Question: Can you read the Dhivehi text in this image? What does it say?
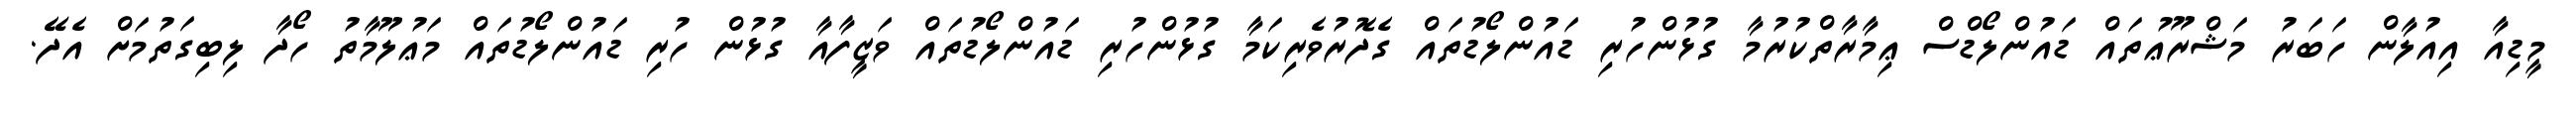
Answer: މީޑިއާ އިއުލާން ހަބަރު މަޝްރޫޢުތައް ޑައުންލޯޑްސް ޢިމާރާތްކުރުމާ ގުޅުންހުރި ޑައުންލޯޑުތައް ގެދޮރުވެރިކަމާ ގުޅުންހުރި ޑައުންލޯޑުތައް ވަޒީފާއާ ގުޅުން ހުރި ޑައުންލޯޑުތައް މަޢުލޫމާތު ހޯދާ ލިބިގަތުމަށް އެދޭ.